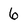
Character: 6